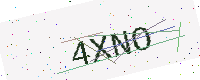
Text: 4XNO